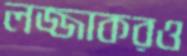
লজ্জাকরও